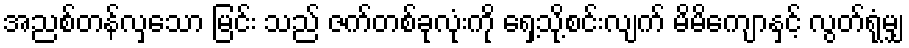
အညစ်တန်လှသော မြင်း သည် ဇက်တစ်ခုလုံးကို ရှေ့သို့စင်းလျက် မိမိကျောနှင့် လွတ်ရုံမျှ